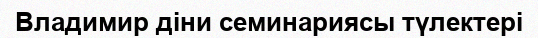
Владимир діни семинариясы түлектері